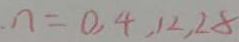
\cdot n = 0 , 4 , 1 2 , 2 8